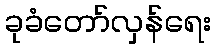
ခုခံတော်လှန်ရေး